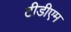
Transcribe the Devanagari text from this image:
टीडीएम